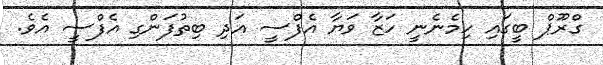
ގްރޫޕް ބީގައި ހިމެނެނީ ހަޒާ ވަޔާ އެފްސީ އަދި ބިތުފަންގި އެފްސީ އެވެ.